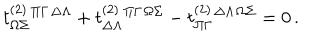
t _ { \Omega \Sigma } ^ { ( 2 ) } { } ^ { \Pi \Gamma } { } ^ { \Delta \Lambda } + t _ { \Delta \Lambda } ^ { ( 2 ) } { } ^ { \Pi \Gamma } { } ^ { \Omega \Sigma } - t _ { \Pi \Gamma } ^ { ( 2 ) } { } ^ { \Delta \Lambda } { } ^ { \Omega \Sigma } = 0 \, .